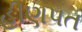
હીણપત